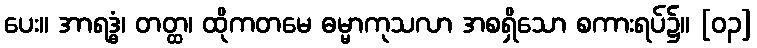
ပေး။ အာရဒ္ဓံ၊ တတ္ထ၊ ထိုကတမေ ဓမ္မာကုသလာ အစရှိသော စကားရပ်၌။ [၀၃]